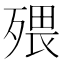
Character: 㱬